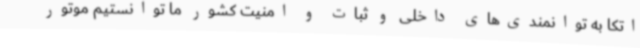
اتکا به توانمندی‌های داخلی و ثبات و امنیت کشور ما توانستیم موتور